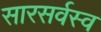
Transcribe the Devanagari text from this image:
सारसर्वस्व